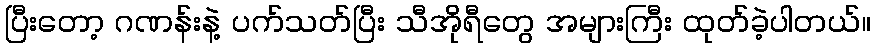
ပြီးတော့ ဂဏန်းနဲ့ ပက်သတ်ပြီး သီအိုရီတွေ အများကြီး ထုတ်ခဲ့ပါတယ်။